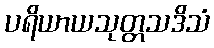
ပရိယာယသုတ္တသဒိသံ